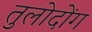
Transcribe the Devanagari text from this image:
तुलोदोंग